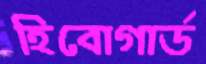
হিবোগার্ড